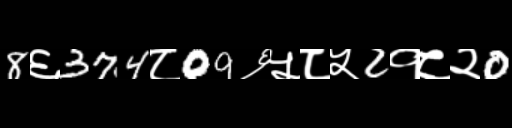
Text: 8६374८09६५८५2१८२0